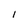
Character: I